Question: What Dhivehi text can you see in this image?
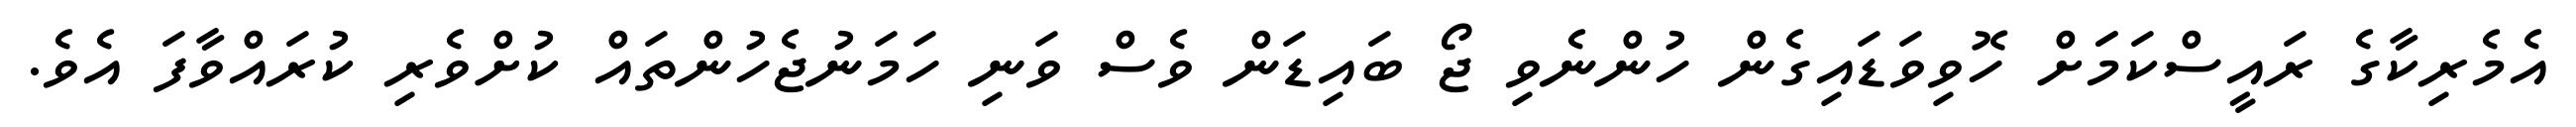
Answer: އެމެރިކާގެ ރައީސްކަމަަށް ހޮވިވަޑައިގެން ހުންނެވި ޖޯ ބައިޑަން ވެސް ވަނި ހަމަނުޖެހުންތައް ކުށްވެރި ކުރައްވާފަ އެވެ.